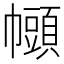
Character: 𫷒